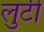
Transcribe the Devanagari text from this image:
लुटी